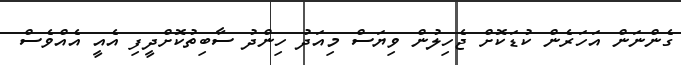
ގެންނަން އަހަރެން ކުޑަކޮށް ޖެހިލުން ވިޔަސް މިއަދު ހިންދު ސާބިތުކޮށްދީފި އެއީ އެއްވެސް